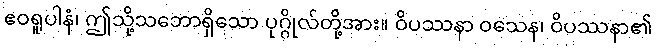
ဧဝရူပါနံ၊ ဤသို့သဘောရှိသော ပုဂ္ဂိုလ်တို့အား။ ဝိပဿနာ ဝသေန၊ ဝိပဿနာ၏